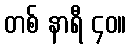
တစ် နာရီ ၄၀။